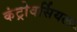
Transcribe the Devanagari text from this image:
कंट्रोवर्सियल